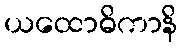
ယထောဓိကာနိ